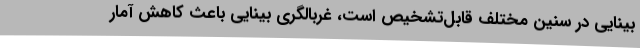
بینایی در سنین مختلف قابل‌تشخیص است، غربالگری بینایی باعث کاهش آمار